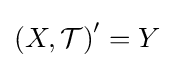
\left(X,{\mathcal {T}}\right)^{\prime }=Y